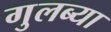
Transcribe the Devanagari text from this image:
गुलब्या